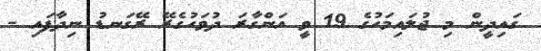
ގައިދީން މި ޖުލައިމަހުގެ 19 ވީ އަންގާރަ ދުވަހުގެރޭ ރޭގަނޑު ނިދާފައި -